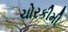
ચોરકીમી